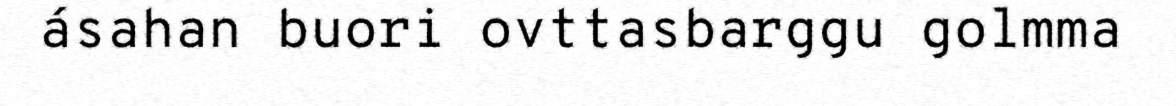
ásahan buori ovttasbarggu golmma